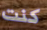
كنت